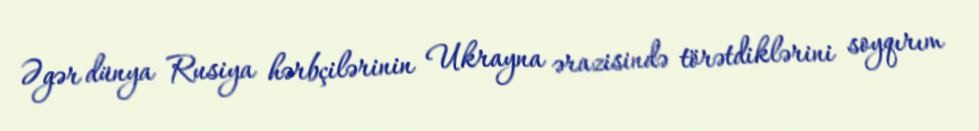
Əgər dünya Rusiya hərbçilərinin Ukrayna ərazisində törətdiklərini soyqırım